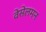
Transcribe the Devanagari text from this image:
वेसेलमन